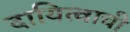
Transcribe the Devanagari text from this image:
दायित्वाची